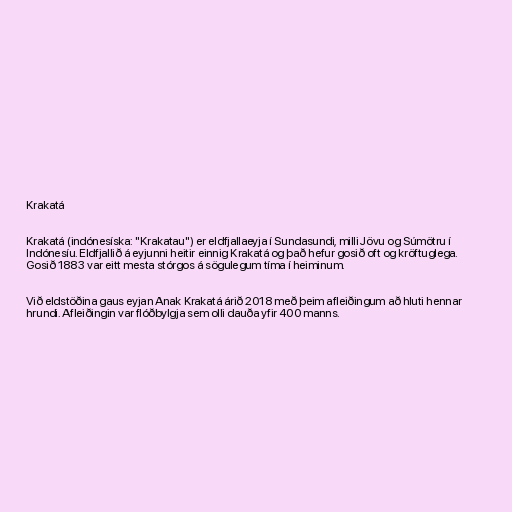
Krakatá

Krakatá (indónesíska: "Krakatau") er eldfjallaeyja í Sundasundi, milli Jövu og Súmötru í
Indónesíu. Eldfjallið á eyjunni heitir einnig Krakatá og það hefur gosið oft og kröftuglega.
Gosið 1883 var eitt mesta stórgos á sögulegum tíma í heiminum.

Við eldstöðina gaus eyjan Anak Krakatá árið 2018 með þeim afleiðingum að hluti hennar
hrundi. Afleiðingin var flóðbylgja sem olli dauða yfir 400 manns.